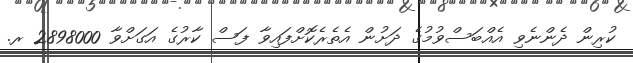
ކުރިން ދެންނެވި އެއްބަސްވުމުގެ ދަށުން އެތެރެކޮށްފައިވާ ފަސް ކާރުގެ އަގަށްވާ 2898000 ރ.